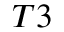
_ { T 3 }